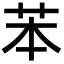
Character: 苯